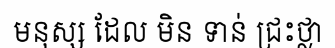
មនុស្ស ដែល មិន ទាន់ ជ្រះថ្លា